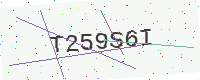
Text: T259S6I